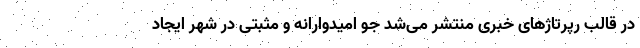
در قالب رپرتاژهای خبری منتشر می‌شد جوِ امیدوارانه و مثبتی در شهر ایجاد